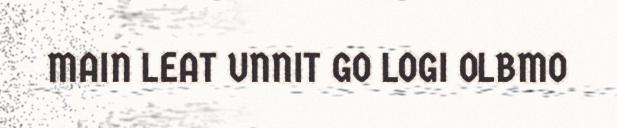
MAIN LEAT UNNIT GO LOGI OLBMO